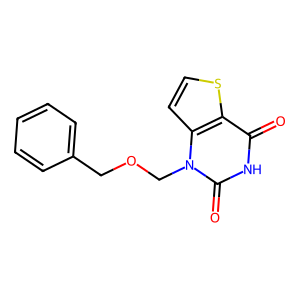
SMILES: O=c1[nH]c(=O)n(COCc2ccccc2)c2ccsc12
Inhibits HIV replication: No